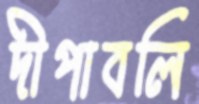
দীপাবলি